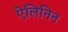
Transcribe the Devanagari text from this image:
ऐलिनिन